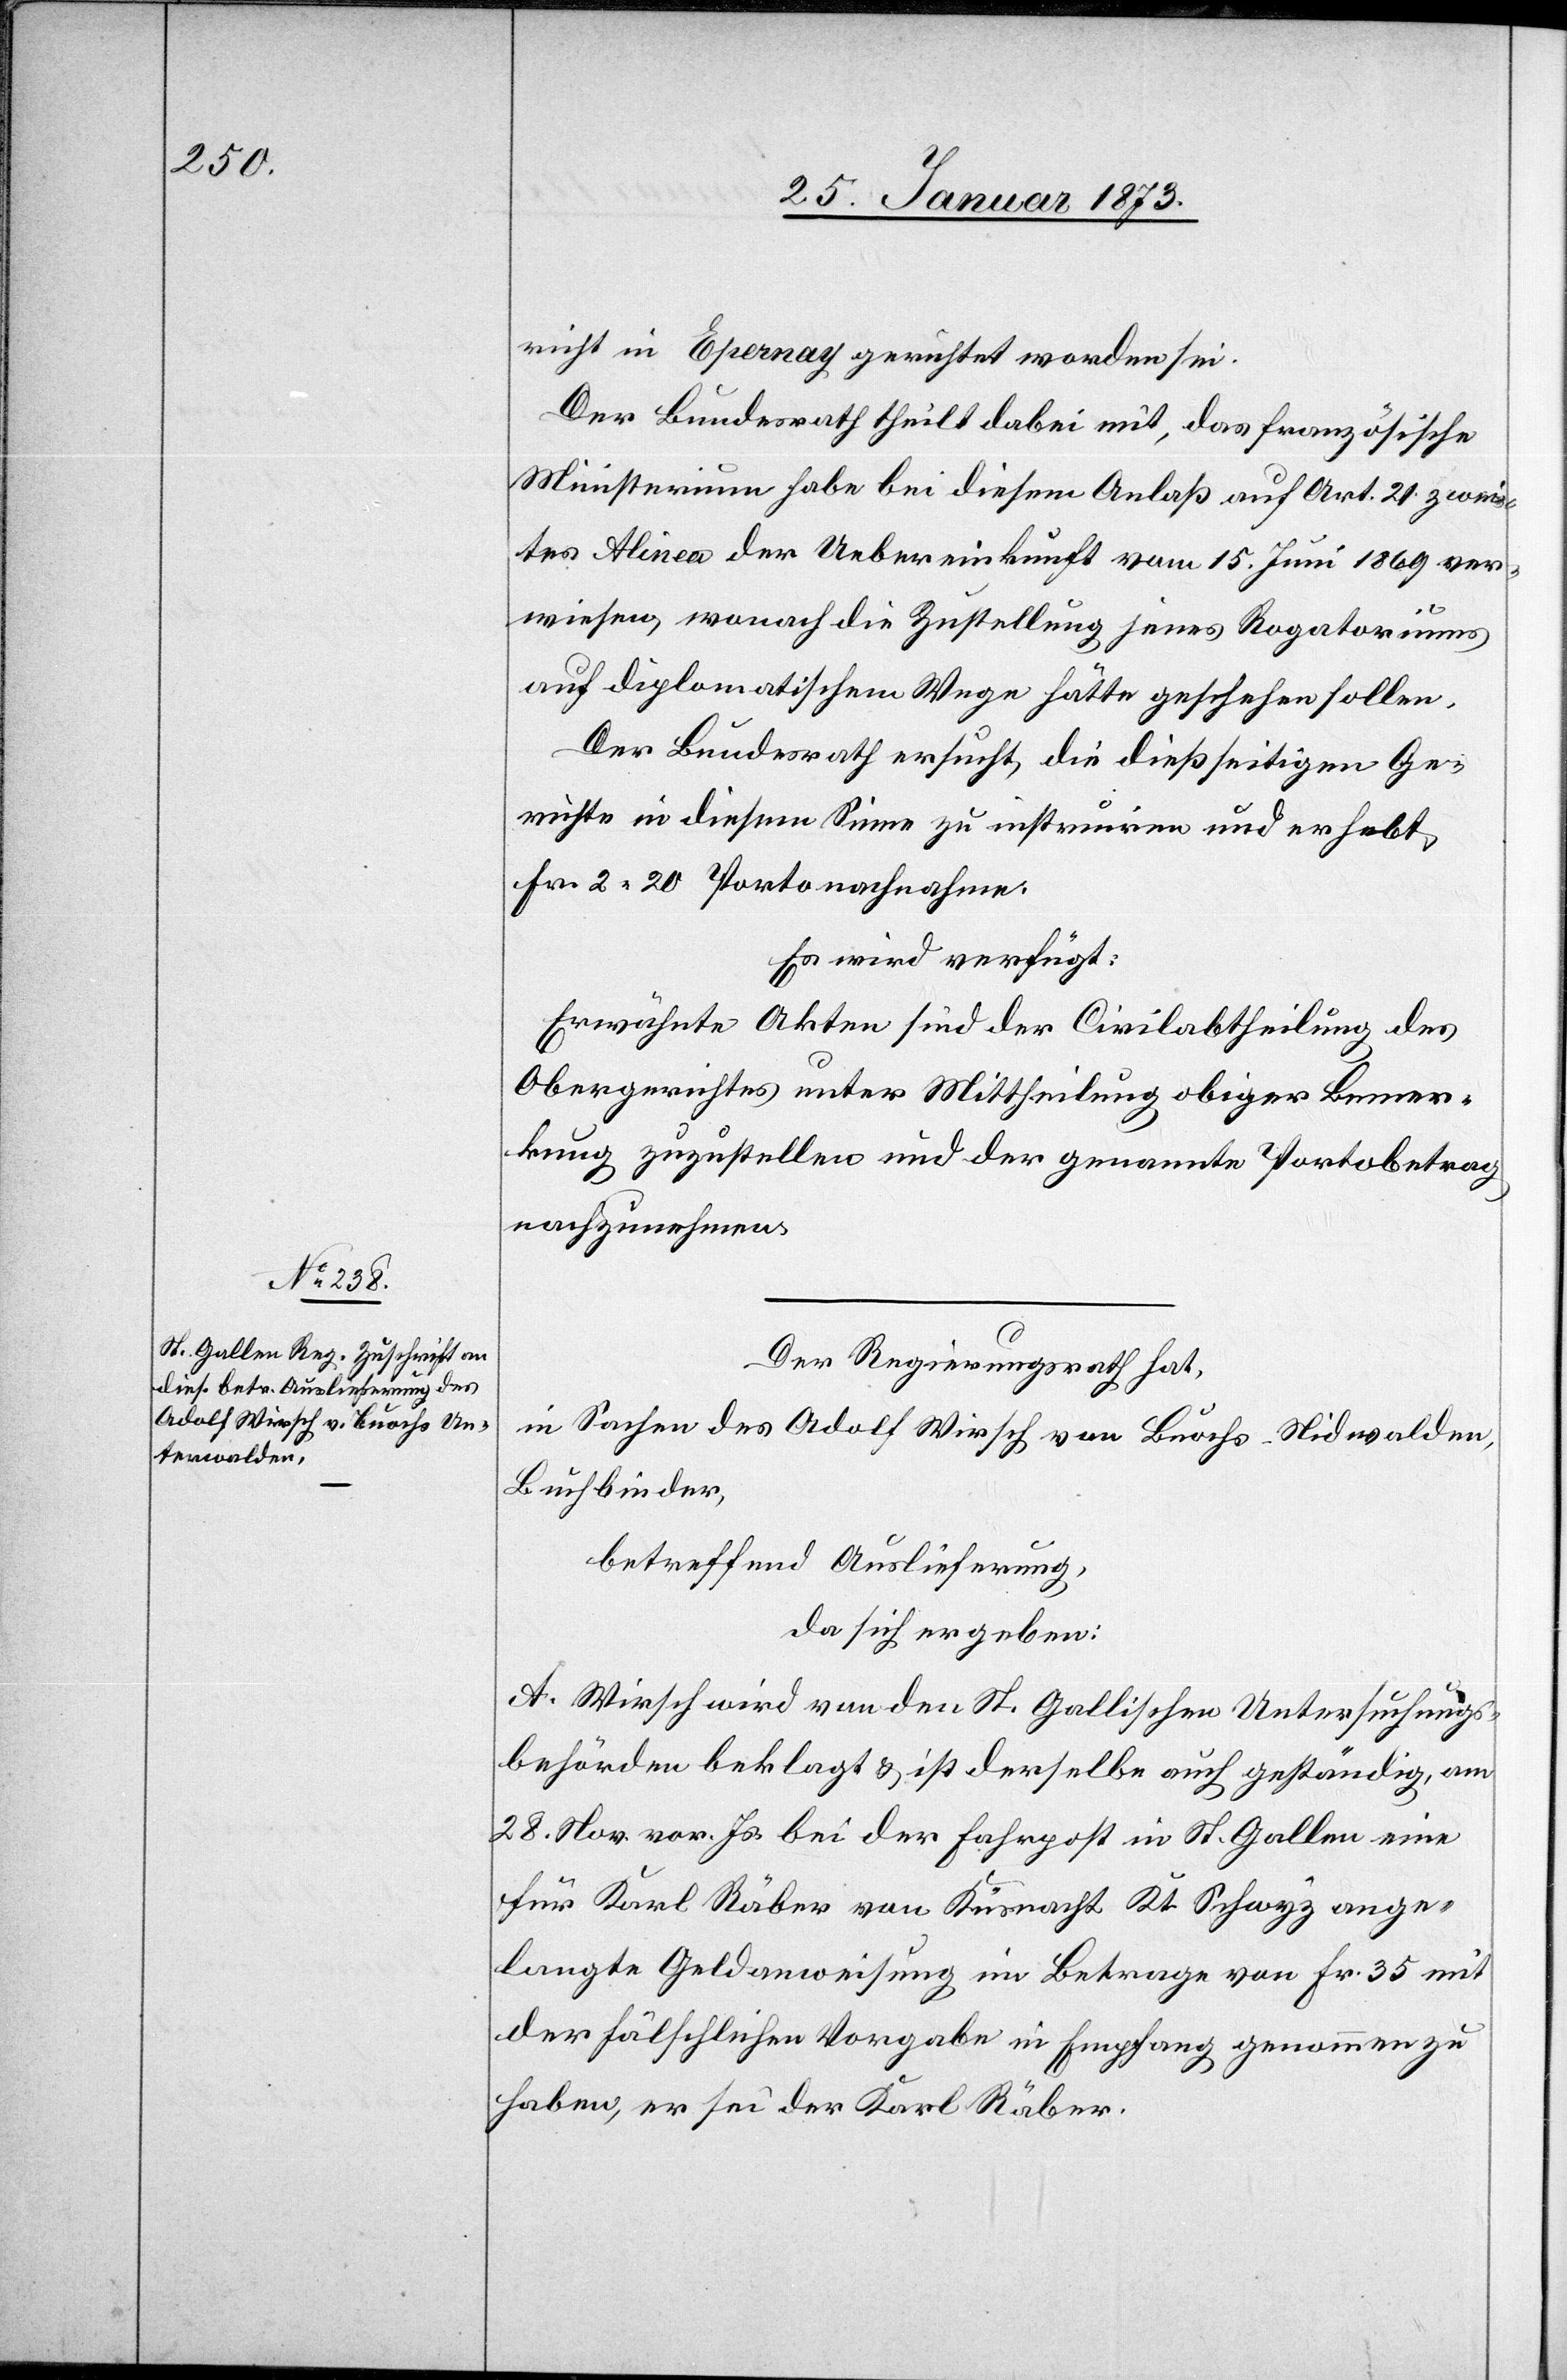
30. Januar 1873.]
richt Epanay gerichtet worden sei.
Der Bundesrath theilt dabei mit, das französische
Ministerium habe bei diesem Anlaß auf Art. 21 zwei¬
tes Alinea der Uebereinkunft vom 15. Juni 1869 ver¬
wiesen, wonach die Zustellung jenes Rogatoriums
auf diplomatischem Wege hätte geschehen sollen.
Der Bundesrath ersucht, die dießseitigen Ge¬
richte in diesem Sinne zu instruiren und erhebt,
Fr. 2. 20 Portonachnahme.
Es wird verfügt:
Erwähnte Akten sind der Civilabtheilung des
Obergerichtes unter Mittheilung obiger Bemer¬
kung zuzustellen und der genannte Portobetrag
nachzunehmen.
Der Regierungsrath hat,
in Sachen des Adolf Wirsch von Buochs-Nidwalden,
Buchbinder,
betreffend Auslieferung,
da sich ergeben:
A. Wirsch wird von den St. Gallischen Untersuchungs¬
behörden beklagt u. ist derselbe auch geständig, am
28. Nov. vor. Js. bei der Fahrpost in St. Gallen eine
für Karl Räber von Küsnacht Kt. Schwyz ange¬
langte Geldanweisung im Betrage von Fr. 35 mit
der fälschlichen Vorgabe in Empfang genommen zu
haben, er sei der Karl Räber.